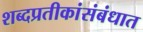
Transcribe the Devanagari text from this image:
शब्दप्रतीकांसंबंधात